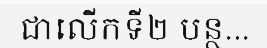
ជាលើកទី២ បន្ថ...